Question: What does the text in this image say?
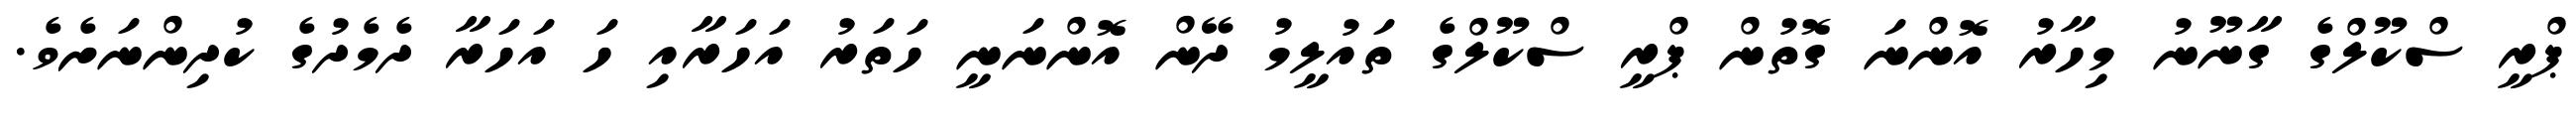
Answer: ޕްރީ ސްކޫލްގެ ގާނޫނު މިހާރު އޮންނަ ގޮތުން ޕްރީ ސްކޫލްގެ ތައުލީމު ދޭން އޮންނަނީ ހަތަރު އަހަރާއި ހަ އަހަރާ ދެމެދުގެ ކުދިންނަށެވެ.